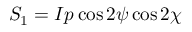
S _ { 1 } = I p \cos 2 \psi \cos 2 \chi